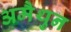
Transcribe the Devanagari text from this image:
अमैथुन